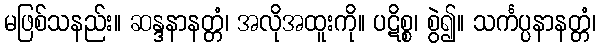
မဖြစ်သနည်း။ ဆန္ဒနာနတ္တံ၊ အလိုအထူးကို။ ပဋိစ္စ၊ စွဲ၍။ သင်္ကပ္ပနာနတ္တံ၊